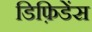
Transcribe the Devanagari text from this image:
डिफ़िडेंस